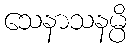
သေနာသနမ္ပိ